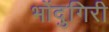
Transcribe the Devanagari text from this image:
भोंदुगिरी